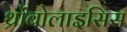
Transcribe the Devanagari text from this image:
थ्रोंबोलाइसिस